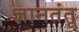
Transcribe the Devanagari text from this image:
ज्ञानतंतू